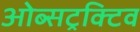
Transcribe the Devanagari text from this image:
ओब्सट्रक्टिव